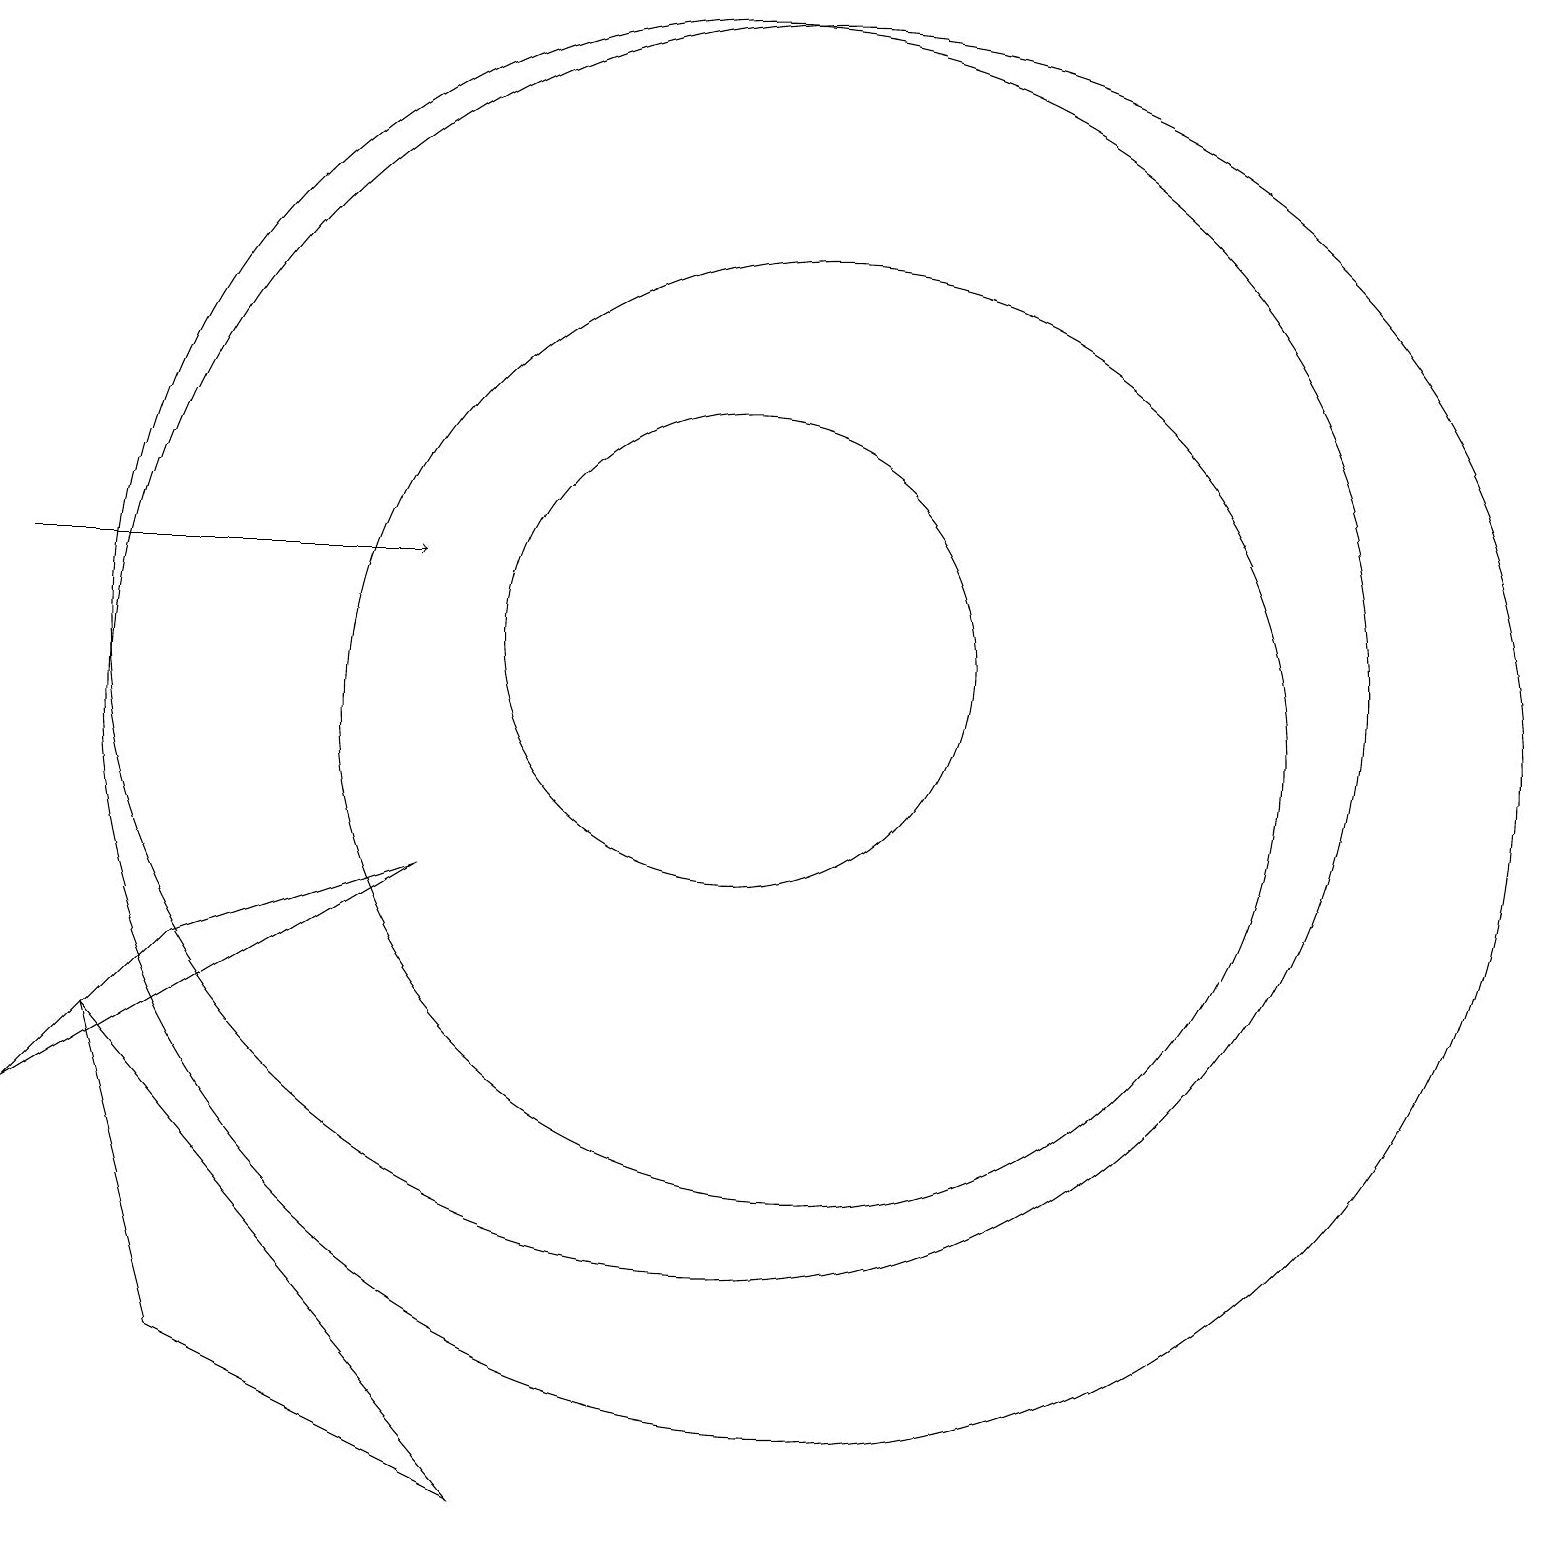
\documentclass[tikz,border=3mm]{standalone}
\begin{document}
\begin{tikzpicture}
\draw (11,10) circle (9);
\draw (10,11) circle (8);
\draw[->] (1,12) -- (6,12);
\draw (11,10) circle (6);
\draw (3,7) -- (6,8) -- (1,5) -- cycle;
\draw (3,2) -- (7,0) -- (2,6) -- cycle;
\draw (10,11) circle (3);
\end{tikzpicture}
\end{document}